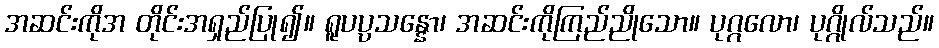
အဆင်းကိုအ တိုင်းအရှည်ပြု၍။ ရူပပ္ပသန္နော၊ အဆင်းကိုကြည်ညိုသော။ ပုဂ္ဂလော၊ ပုဂ္ဂိုလ်သည်။